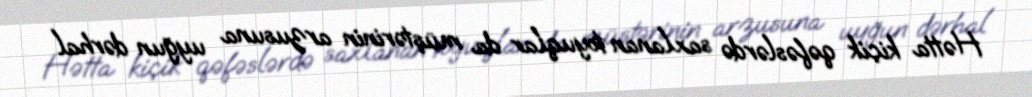
Hətta kiçik qəfəslərdə saxlanan toyuqlar da müştərinin arzusuna uyğun dərhal